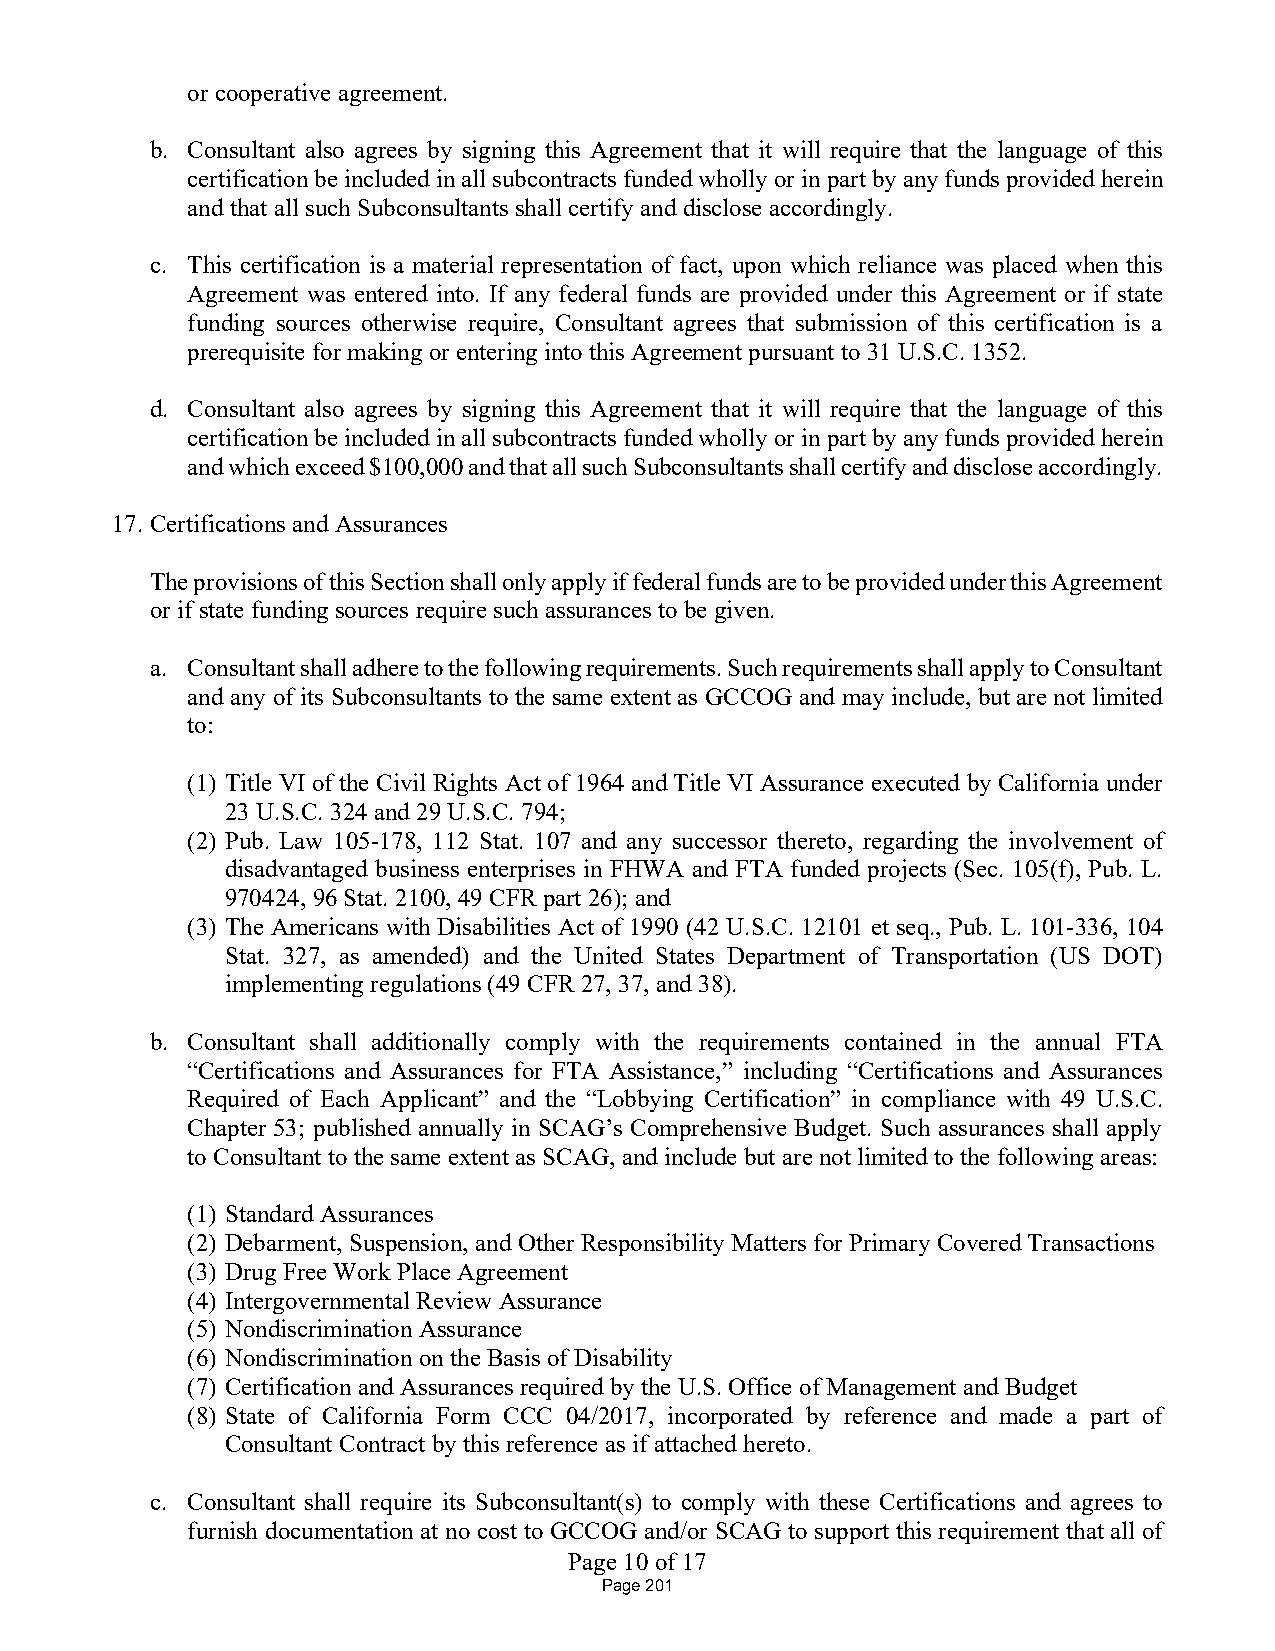
or cooperative agreement.
 b. Consultant also agrees by signing this Agreement that it will require that the language of this
 certification be included in all subcontracts funded wholly or in part by any funds provided herein
 and that all such Subconsultants shall certify and disclose accordingly.
 c. This certification is a material representation of fact, upon which reliance was placed when this
 Agreement was entered into. If any federal funds are provided under this Agreement or if state
 funding sources otherwise require, Consultant agrees that submission of this certification is a
 prerequisite for making or entering into this Agreement pursuant to 31 U.S.C. 1352.
 d. Consultant also agrees by signing this Agreement that it will require that the language of this
 certification be included in all subcontracts funded wholly or in part by any funds provided herein
 and which exceed $100,000 and that all such Subconsultants shall certify and disclose accordingly.
 17. Certifications and Assurances
 The provisions of this Section shall only apply if federal funds are to be provided under this Agreement
 or if state funding sources require such assurances to be given.
 a. Consultant shall adhere to the following requirements. Such requirements shall apply to Consultant
 and any of its Subconsultants to the same extent as GCCOG and may include, but are not limited
 to:
 (1) Title VI of the Civil Rights Act of 1964 and Title VI Assurance executed by California under
 23 U.S.C. 324 and 29 U.S.C. 794;
 (2) Pub. Law 105-178, 112 Stat. 107 and any successor thereto, regarding the involvement of
 disadvantaged business enterprises in FHWA and FTA funded projects (Sec. 105(f), Pub. L.
 970424, 96 Stat. 2100, 49 CFR part 26); and
 (3) The Americans with Disabilities Act of 1990 (42 U.S.C. 12101 et seq., Pub. L. 101-336, 104
 Stat. 327, as amended) and the United States Department of Transportation (US DOT)
 implementing regulations (49 CFR 27, 37, and 38).
 b. Consultant shall additionally comply with the requirements contained in the annual FTA
 “Certifications and Assurances for FTA Assistance,” including “Certifications and Assurances
 Required of Each Applicant” and the “Lobbying Certification” in compliance with 49 U.S.C.
 Chapter 53; published annually in SCAG’s Comprehensive Budget. Such assurances shall apply
 to Consultant to the same extent as SCAG, and include but are not limited to the following areas:
 (1) Standard Assurances
 (2) Debarment, Suspension, and Other Responsibility Matters for Primary Covered Transactions
 (3) Drug Free Work Place Agreement
 (4) Intergovernmental Review Assurance
 (5) Nondiscrimination Assurance
 (6) Nondiscrimination on the Basis of Disability
 (7) Certification and Assurances required by the U.S. Office of Management and Budget
 (8) State of California Form CCC 04/2017, incorporated by reference and made a part of
 Consultant Contract by this reference as if attached hereto.
 c. Consultant shall require its Subconsultant(s) to comply with these Certifications and agrees to
 furnish documentation at no cost to GCCOG and/or SCAG to support this requirement that all of
 Page 10 of 17
 Page 201